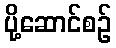
ပို့ဆောင်စဉ်